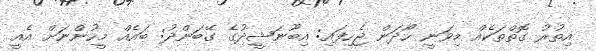
އިތުރު ގޮތްތަކެއް މިވަނީ ހޯދަން ޖެހިފައި: އިބޫނަޝީދުގެ ގޭބަންދު: ބައެއް މީހުންނަށް އެއީ